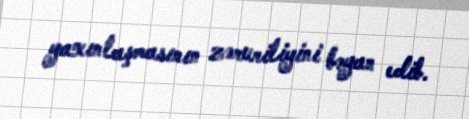
yaxınlaşmasının zəruriliyini bəyan edib.